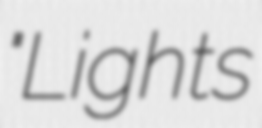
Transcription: "Lights